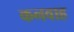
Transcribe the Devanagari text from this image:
कनवाह